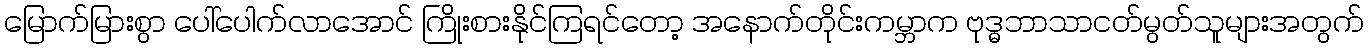
မြောက်မြားစွာ ပေါ်ပေါက်လာအောင် ကြိုးစားနိုင်ကြရင်တော့ အနောက်တိုင်းကမ္ဘာက ဗုဒ္ဓဘာသာငတ်မွတ်သူများအတွက်